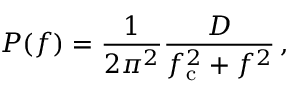
P ( f ) = \frac { 1 } { 2 \pi ^ { 2 } } \frac { D } { f _ { \mathrm { c } } ^ { 2 } + f ^ { 2 } } \, ,